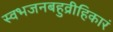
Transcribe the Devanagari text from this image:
स्वभजनबहुव्रीहिकारं